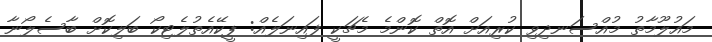
މައުލޫމާތު މުއްސަނދިވި ކުރިއަށް އޮތް ކޮންމެ މެޗަކީ ފައިނަލެއް: ޕީކޭއެތުލެޓިކޯ ބަލިކޮށް ބާސެލޯނާ